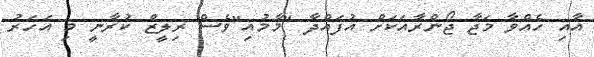
އާއި ހެއްވާ މަޖާ ޖޯންރާއަކަށް އުފައްދާ "މާމުއި"ވެސް ރިލީޒް ކުރާނީ މި އަހަރު